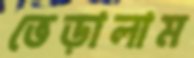
ভেড়ালাম